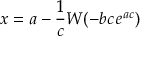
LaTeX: x = a - { \frac { 1 } { c } } W ( - b c \, e ^ { a c } )